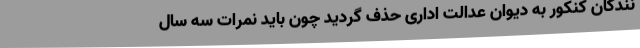
نندگان کنکور به دیوان عدالت اداری حذف گردید چون باید نمرات سه سال